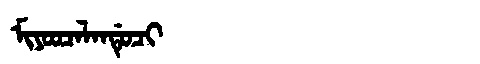
Manchu: ᠮᡳᠶᠣᠣᠴᠠᠯᠠᠨᡩᡠᠴᡳ
Romanization: MIYOOCALANDUCI